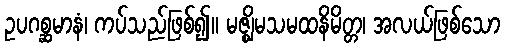
ဥပဂစ္ဆမာနံ၊ ကပ်သည်ဖြစ်၍။ မဇ္ဈိမသမထနိမိတ္တ၊ အလယ်ဖြစ်သော